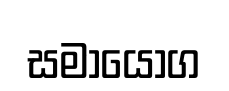
සමායෝග